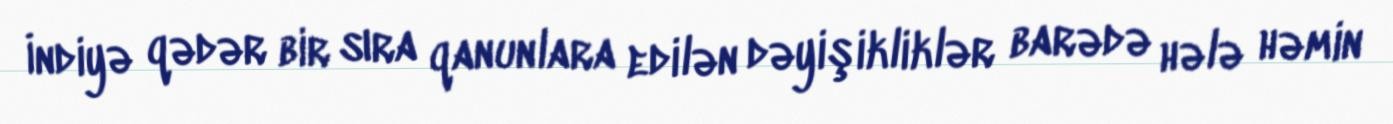
İndiyə qədər bir sıra qanunlara edilən dəyişikliklər barədə hələ həmin